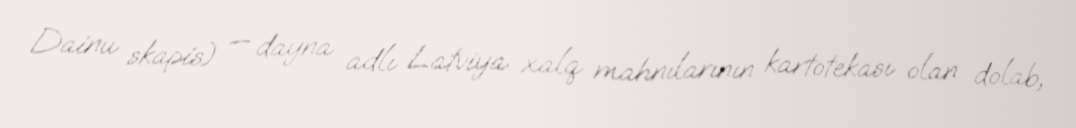
Dainu skapis) — dayna adlı Latviya xalq mahnılarının kartotekası olan dolab,